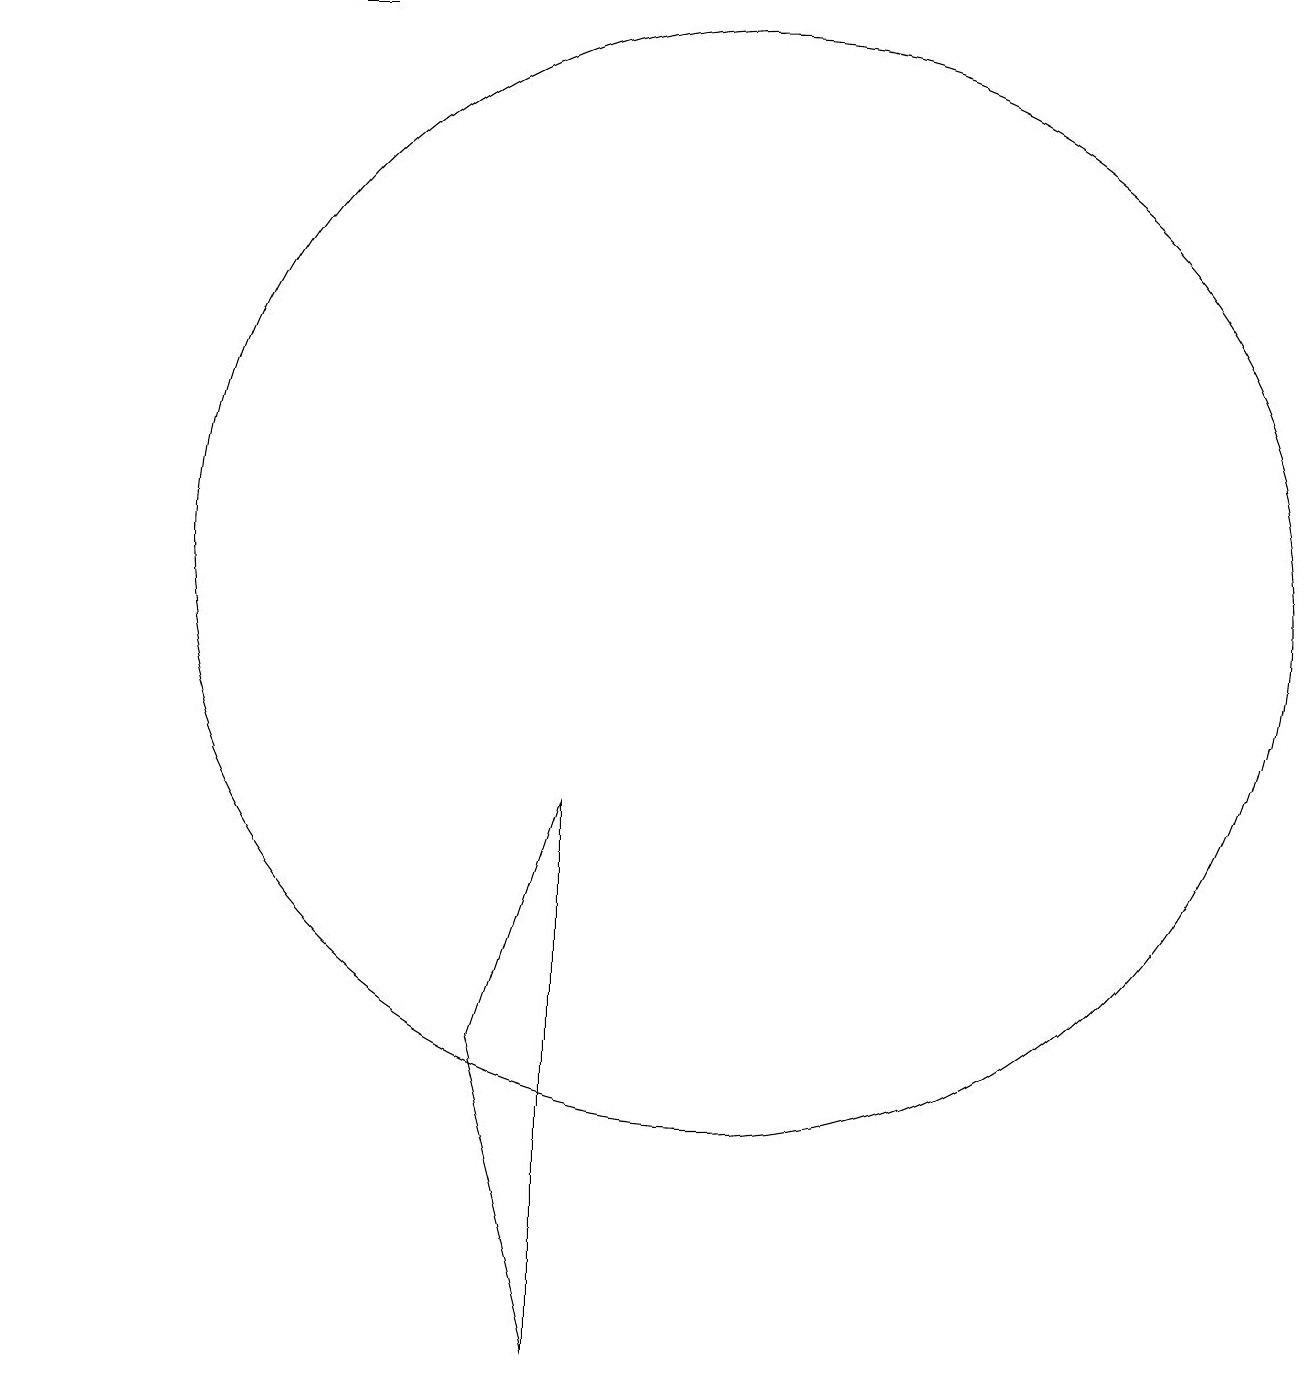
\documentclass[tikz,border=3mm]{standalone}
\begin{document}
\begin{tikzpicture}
\draw (10,11) circle (7);
\draw[->] (5,18) -- (1,18);
\draw (8,1) -- (7,5) -- (8,8) -- cycle;
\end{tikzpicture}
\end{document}